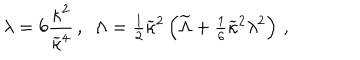
LaTeX: \lambda = 6 { \frac { \kappa ^ { 2 } } { \widetilde \kappa ^ { 4 } } } \, , ~ ~ \Lambda = { \textstyle { \frac { 1 } { 2 } } } \widetilde \kappa ^ { 2 } \left( \widetilde { \Lambda } + { \textstyle { \frac { 1 } { 6 } } } \widetilde \kappa ^ { 2 } \lambda ^ { 2 } \right) \, ,